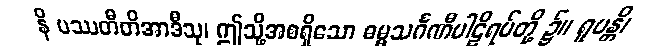
နိ ပဿတီတိအာဒီသု၊ ဤသို့အစရှိသော ဓမ္မသင်္ဂဏီပါဠိရပ်တို့ ၌။ ရူပန္တိ၊